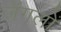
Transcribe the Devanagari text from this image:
जॅगलों